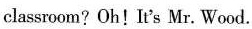
classroom?Oh!It's Mr. Wood.